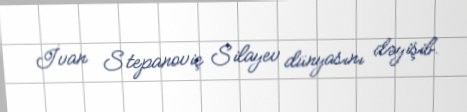
İvan Stepanoviç Silayev dünyasını dəyişib.